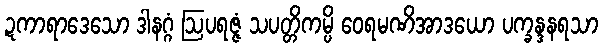
ဍကာရာဒေသော ဒါနဂ္ဂံ ဩပရဇ္ဇံ သပတ္တိကမ္ပိ ဝေရမဏိအာဒယော ပက္ခန္ဒနရသာ